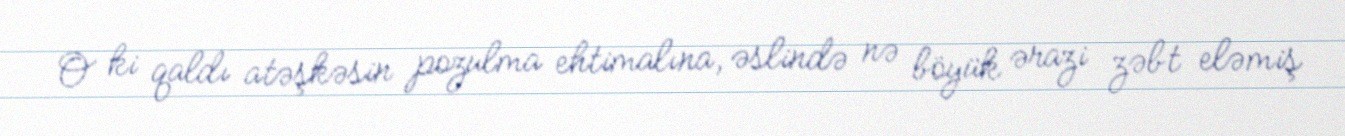
O ki qaldı atəşkəsin pozulma ehtimalına, əslində nə böyük ərazi zəbt eləmiş